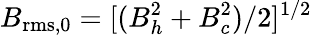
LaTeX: B_{\mathrm{rms},0}=[(B_{h}^{2}+B_{c}^{2})/2]^{1/2}